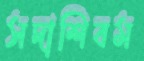
সদাশিবম